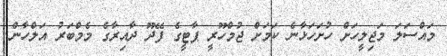
މައްސަލަ މަޖިލީހަށް ހުށަހަޅާނެ ކަމަށް ޖުމްހޫރީ ޕާޓީގެ ފޭދޫ ދާއިރާގެ މެމްބަރު އަލްހާން